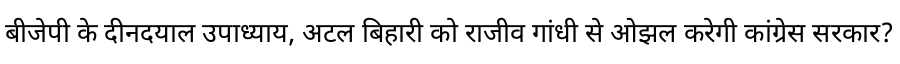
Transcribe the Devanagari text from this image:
बीजेपी के दीनदयाल उपाध्याय, अटल बिहारी को राजीव गांधी से ओझल करेगी कांग्रेस सरकार?